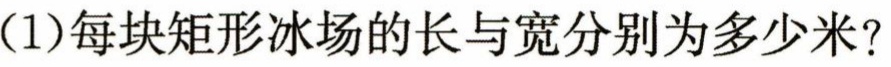
(1)每块矩形冰场的长与宽分别为多少米?